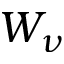
W _ { \nu }